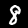
Label: 8